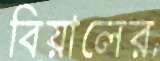
বিয়ালের